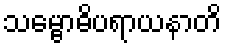
သမ္ဗောဓိပရာယနာတိ